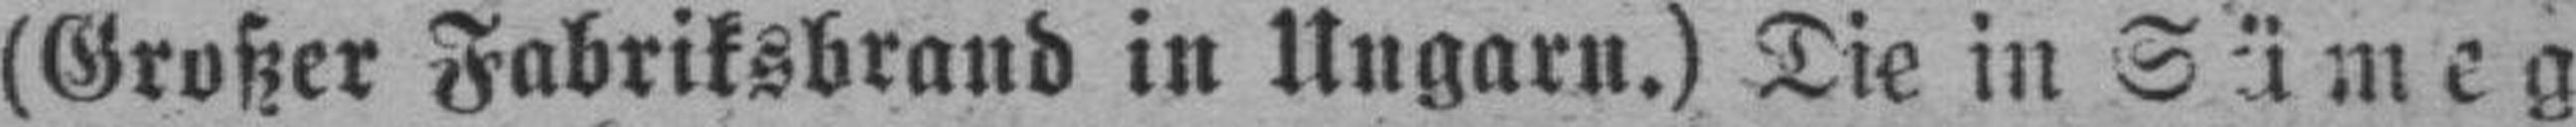
(Großer Fabriksbrand in Ungarn.) Die in Sümeg